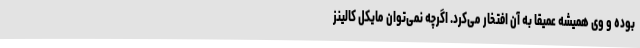
بوده و وی همیشه عمیقا به آن افتخار می‌کرد. اگرچه نمی‌توان مایکل کالینز